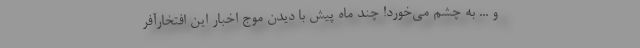
و ... به چشم می‌خورد! چند ماه پیش با دیدن موج اخبار این افتخارآفر